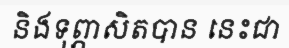
និងទុព្ភាសិតបាន នេះជា